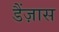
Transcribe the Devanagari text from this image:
डैंज़ास